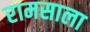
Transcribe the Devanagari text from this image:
रामसाला